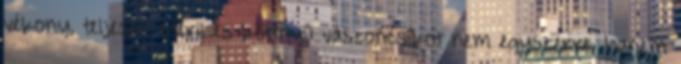
vékony, teljesen steril és könnyű vászoncsíkot nem egyszerre, hanem